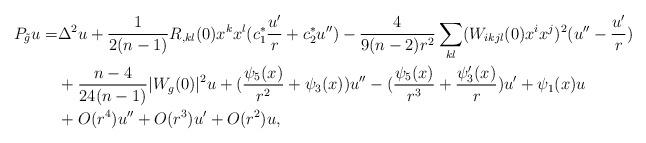
LaTeX: \begin{align*}P_{\tilde g}u=&\Delta^2 u+\frac{1}{2(n-1)}R_{,kl}(0)x^kx^l (c_1^*\frac{u'}{r} +c_2^*u'')-\frac{4}{9(n-2)r^2}\sum_{kl}(W_{ikjl}(0)x^i x^j)^2(u''-\frac{u'}{r})\\&+\frac{n-4}{24(n-1)}|W_g(0)|^2 u+(\frac{\psi_5(x)}{r^2}+\psi_3(x))u'' -(\frac{\psi_5(x)}{r^3} +\frac{\psi_3'(x)}{r}) u'+\psi_1(x)u \\&+O(r^4)u''+O(r^3) u'+O(r^2) u,\end{align*}